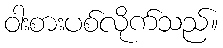
ဝါးစားပစ်လိုက်သည်။